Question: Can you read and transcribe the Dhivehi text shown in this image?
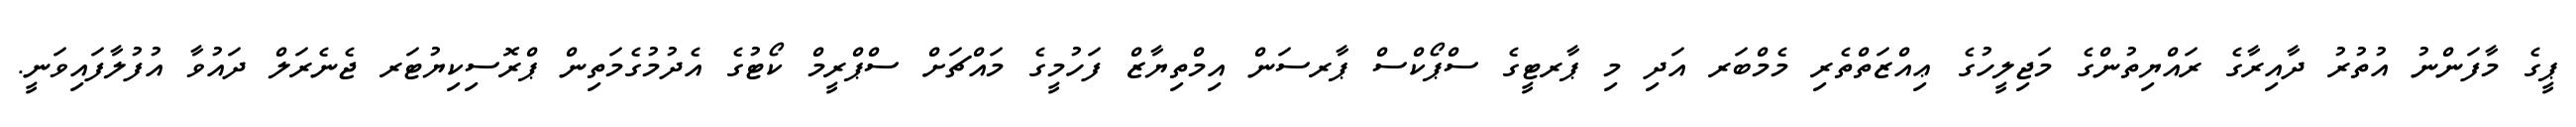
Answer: ޕީގެ މާފަންނު އުތުރު ދާއިރާގެ ރައްޔިތުންގެ މަޖިލީހުގެ ޢިއްޒަތްތެރި މެމްބަރ އަދި މި ޕާރޓީގެ ސްޕޯކްސް ޕާރސަން އިމްތިޔާޒް ފަހުމީގެ މައްޗަށް ސްޕްރީމް ކޯޓުގެ އެދުމުގެމަތިން ޕްރޮސިކިޔުޓަރ ޖެނެރަލް ދައުވާ އުފުލާފައިވަނީ.